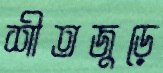
শীতজুড়ে